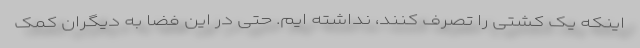
اینکه یک کشتی را تصرف کنند، نداشته ایم. حتی در این فضا به دیگران کمک